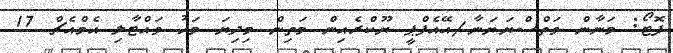
ފޮޓޯ: މަނާން ވަތްސްޔަޔަނާ/އޭއެފްޕީ ޔޫކްރެއިން މަތިން މިދިޔަ މަހު ވައްޓާލި އެމްއެޗް 17